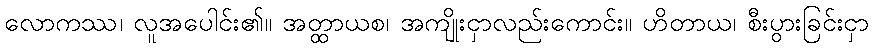
လောကဿ၊ လူအပေါင်း၏။ အတ္ထာယစ၊ အကျိုးငှာလည်းကောင်း။ ဟိတာယ၊ စီးပွားခြင်းငှာ